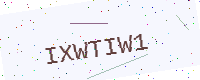
Text: IXWTIW1